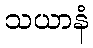
သယာနံ